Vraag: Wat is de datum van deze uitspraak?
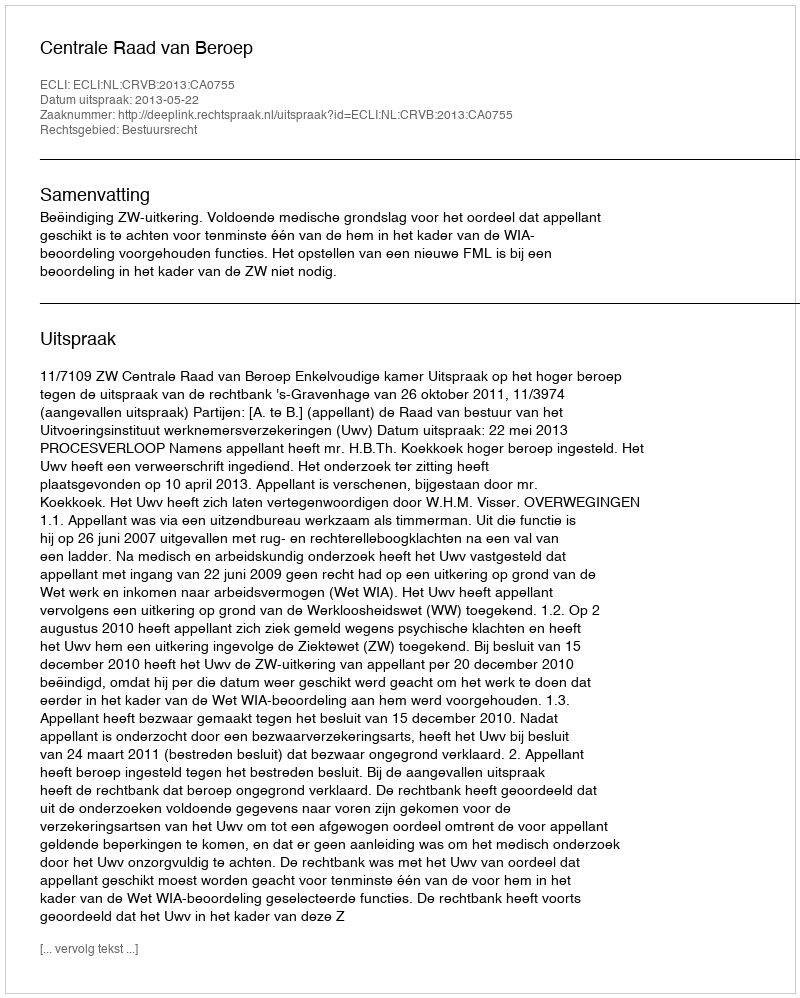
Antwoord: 2013-05-22